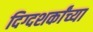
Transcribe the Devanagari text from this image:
दिग्दशर्कांच्या